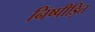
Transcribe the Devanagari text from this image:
निष्पीड़ित